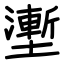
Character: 壍